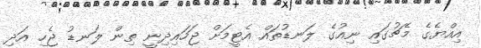
އިއްޔެގެ މެޗުގައި ނިއުގެ ލަނޑުތައް އެޓީމަށް ޖަހައިދިނީ ތިން ލަނޑު ޖެހި އަދި